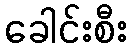
ခေါင်းစီး